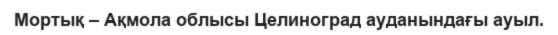
Мортық – Ақмола облысы Целиноград ауданындағы ауыл.